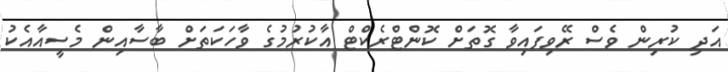
އަދި ކުރިން ވެސް ރޭވިފައިވާ ގޮތަށް ކޮންޓްރެކްޓް އާކުރުމުގެ ވާހަކަތަށް ބާސާއިން މެސީއާއެކު